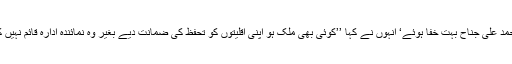
اس پر محمد علی جناح بہت خفا ہوئے‘ انہوں نے کہا ’’کوئی بھی ملک ہو اپنی اقلیتوں کو تحفظ کی ضمانت دیے بغیر وہ نمائندہ ادارہ قائم نہیں کرسکتا‘‘۔